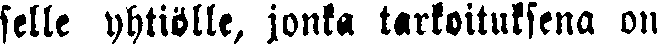
selle yhtiölle, jonka tarkoituksena on